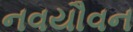
નવયૌવન